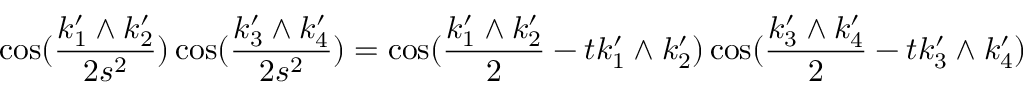
\cos ( \frac { k _ { 1 } ^ { \prime } \wedge k _ { 2 } ^ { \prime } } { 2 s ^ { 2 } } ) \cos ( \frac { k _ { 3 } ^ { \prime } \wedge k _ { 4 } ^ { \prime } } { 2 s ^ { 2 } } ) = \cos ( \frac { k _ { 1 } ^ { \prime } \wedge k _ { 2 } ^ { \prime } } { 2 } - t k _ { 1 } ^ { \prime } \wedge k _ { 2 } ^ { \prime } ) \cos ( \frac { k _ { 3 } ^ { \prime } \wedge k _ { 4 } ^ { \prime } } { 2 } - t k _ { 3 } ^ { \prime } \wedge k _ { 4 } ^ { \prime } )